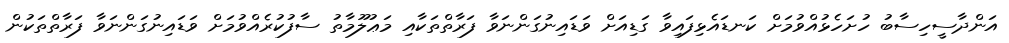
އަންދާސީހިސާބު ހުށަހެޅުއްވުމަށް ކަނޑައެޅިފައިވާ ގަޑިއަށް ވަޑައިނުގަންނަވާ ފަރާތްތަކާއި މަޢުލޫމާތު ސާފުކުރެއްވުމަށް ވަޑައިނުގަންނަވާ ފަރާތްތަކުން